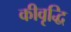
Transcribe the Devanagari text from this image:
कीवृद्धि